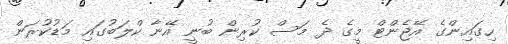
ހިގައިންގެ އޭޖެންޓް މީގެ ދެ މަސް ކުރިން ބުނީ އޭނާ ކްލަބުގައި މަޑުކުރަން